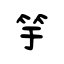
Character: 竽